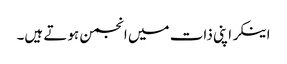
اینکر اپنی ذات میں انجمن ہوتے ہیں۔